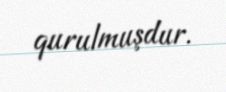
qurulmuşdur.